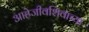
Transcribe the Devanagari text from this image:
आहेजीवशिवाच्या